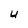
Character: U